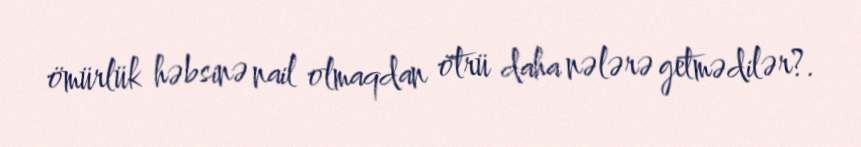
ömürlük həbsinə nail olmaqdan ötrü daha nələrə getmədilər?.